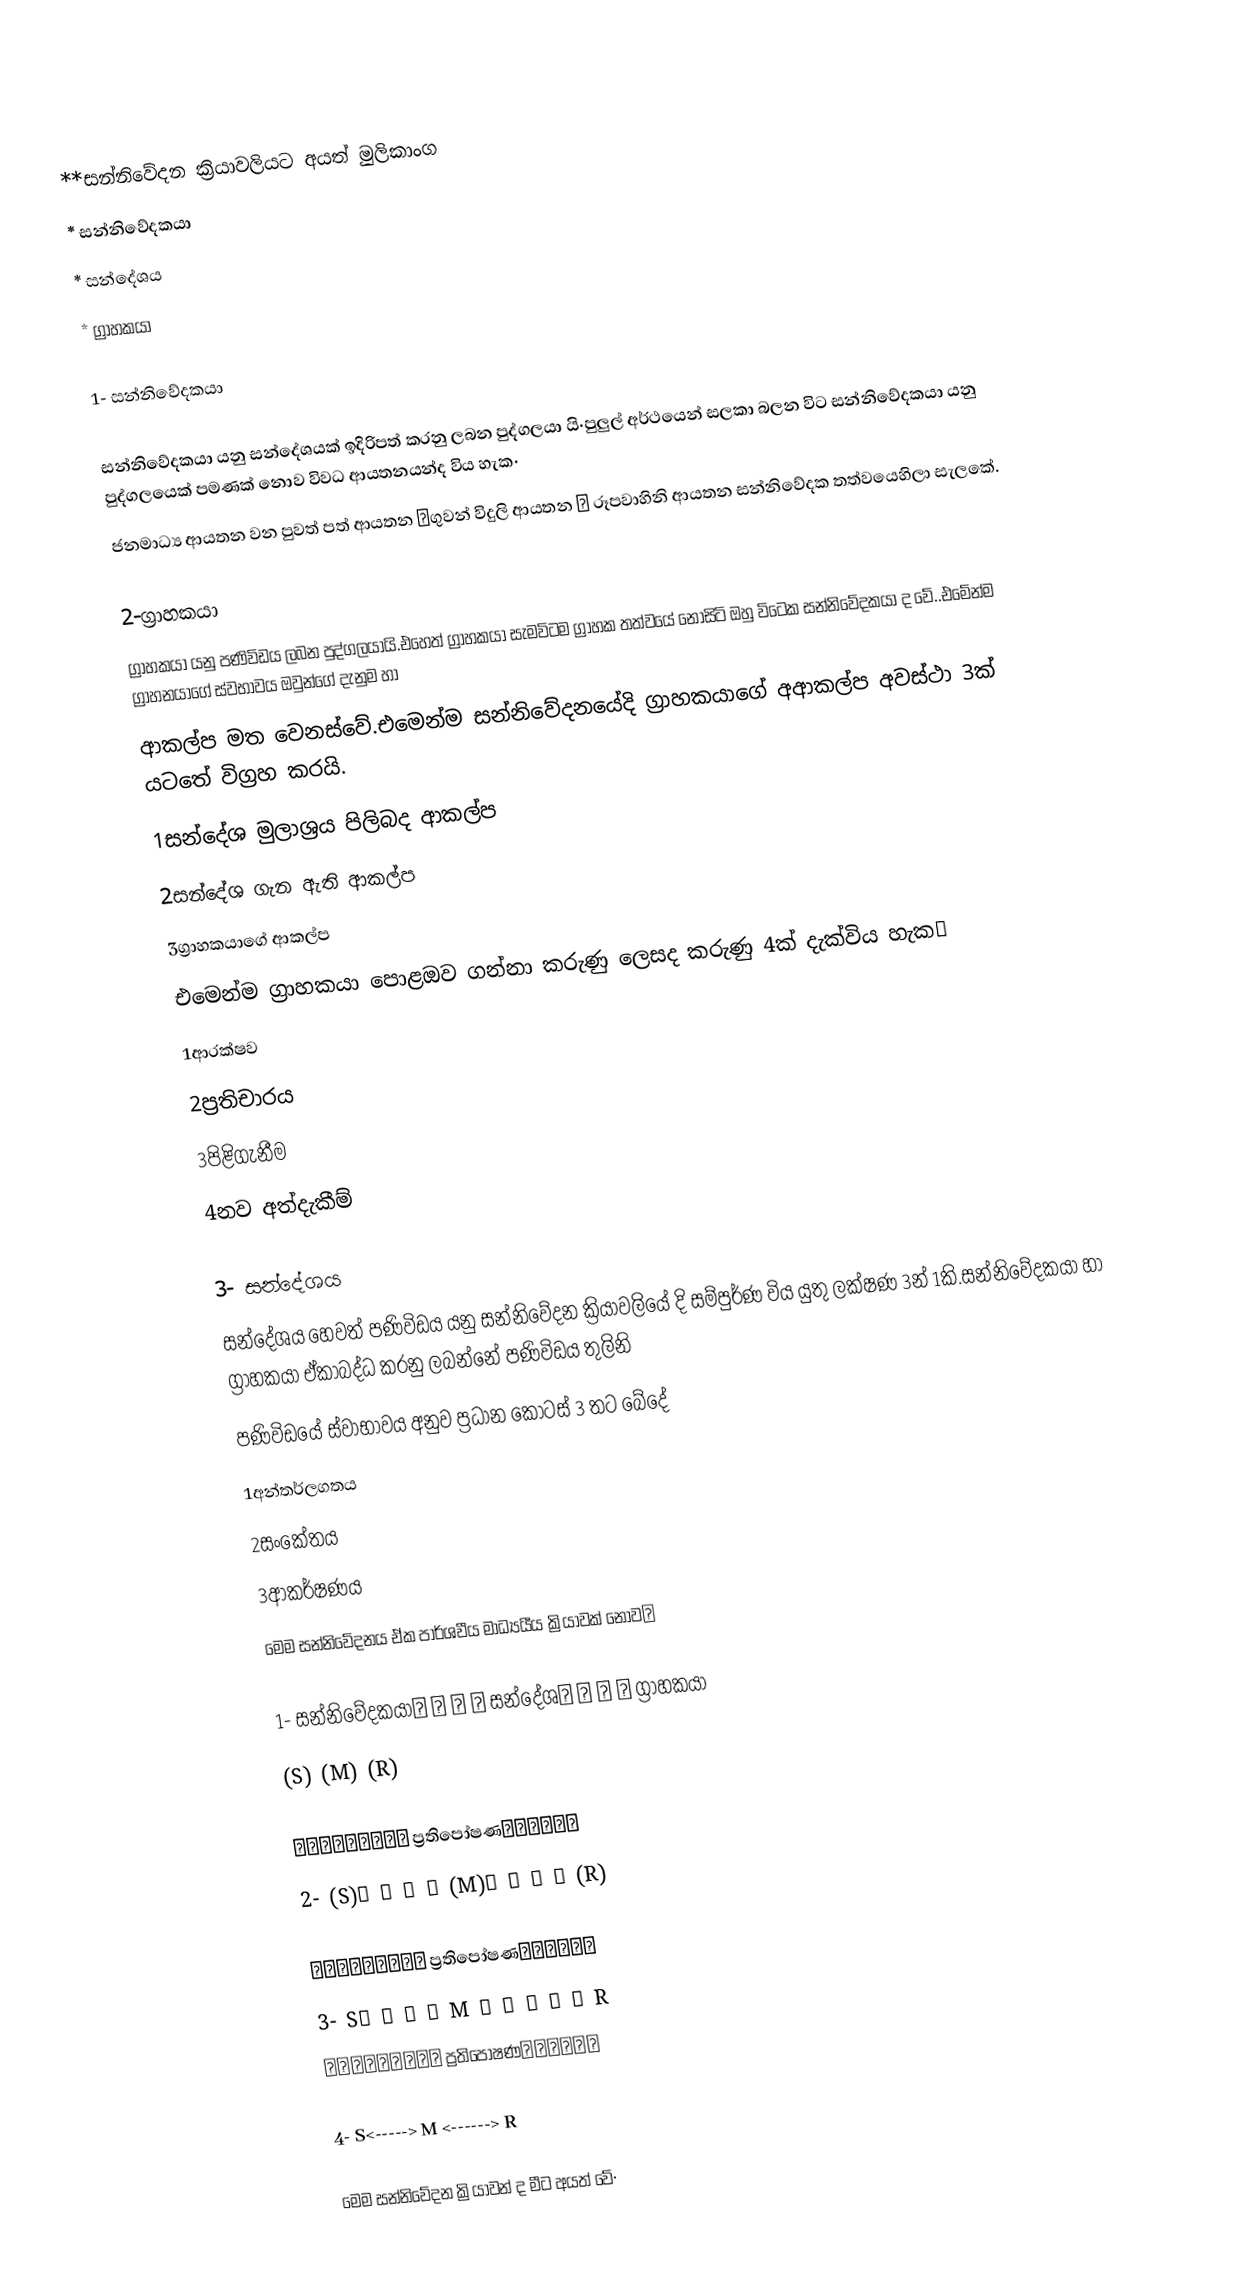
**සන්නිවේදන ක්‍රියාවලියට අයත් මුලිකාංග
     * සන්නිවේදකයා
     * සන්දේශය
     * ග්‍රාහකයා

 1- සන්නිවේදකයා

     සන්නිවේදකයා යනු සන්දේශයක් ඉදිරිපත් කරනු ලබන පුද්ගලයා යි·පුලුල් අර්ථයෙන් සලකා බලන විට සන්නිවේදකයා යනු පුද්ගලයෙක් පමණක් නොව විවධ ආයතනයන්ද විය හැක·
     ජනමාධ්‍ය ආයතන වන පුවත් පත් ආයතන ˌගුවන් විදුලි ආයතන ˌ රූපවාහිනි ආයතන සන්නිවේදක තත්වයෙහිලා සැලකේ.

2-ග්‍රාහකයා
     ග්‍රාහකයා යනු පණිවිඩය ලබන පුද්ගලයායි.එහෙත් ග්‍රාහකයා සැමවිටම ග්‍රාහක තත්වයේ නොසිටි ඔහු විටෙක සන්නිවේදකයා ද වේ..එමේන්ම ග්‍රාහනයාගේ ස්වභාවය ඔවුන්ගේ දැනුම හා
     ආකල්ප මත වෙනස්වේ.එමෙන්ම සන්නිවේදනයේදි ග්‍රාහකයාගේ අආකල්ප අවස්ථා 3ක් යටතේ විග්‍රහ කරයි.
      1සන්දේශ මුලාශ්‍රය පිලිබද ආකල්ප
      2සන්දේශ ගැන ඇති ආකල්ප
      3ග්‍රාහකයාගේ ආකල්ප
                             එමෙන්ම ග්‍රාහකයා පොළඔව ගන්නා කරුණු ලෙසද කරුණු 4ක් දැක්විය හැකˌ
       1ආරක්ෂව
       2ප්‍රතිචාරය
       3පිළිගැනීම
       4නව අත්දැකීම්

3- සන්දේශය
      සන්දේශය හෙවත් පණිවිඩය යනු සන්නිවේදන ක්‍රියාවලියේ දි සම්පුර්ණ විය යුතු ලක්ෂණ 3න් 1කි.සන්නිවේදකයා හා ග්‍රාහකයා ඒකාබද්ධ කරනු ලබන්නේ පණිවිඩය තුලිනි
      පණිවිඩයේ ස්වාභාවය අනුව ප්‍රධාන කොටස් 3 තට බේදේ
          1අන්තර්ලගතය
          2සංකේතය
          3ආකර්ෂණය
                           මෙම සන්නිවේදනය ඒක පාර්ශවීය මාධ්‍යයීය ක්‍රියාවක් නොවˌ

          1- සන්නිවේදකයා→ → → → සන්දේශ→ → → → ග්‍රාහකයා
            (S)              (M)          (R)

              ↓→→→→→→→→ ප්‍රතිපෝෂණ→→→→→↓
          2- (S)→ → → → (M)→ → → → (R)

             ↓→→→→→→→→ ප්‍රතිපෝෂණ→→→→→↓
          3- S→ → → →  M → → → → → R
            ↑→→→→→→→→ ප්‍රතිපෝෂණ→→→→→↑

          4- S<-----> M <------> R

               මෙම සන්නිවේදන ක්‍රියාවන් ද මීට අයත් වේ·